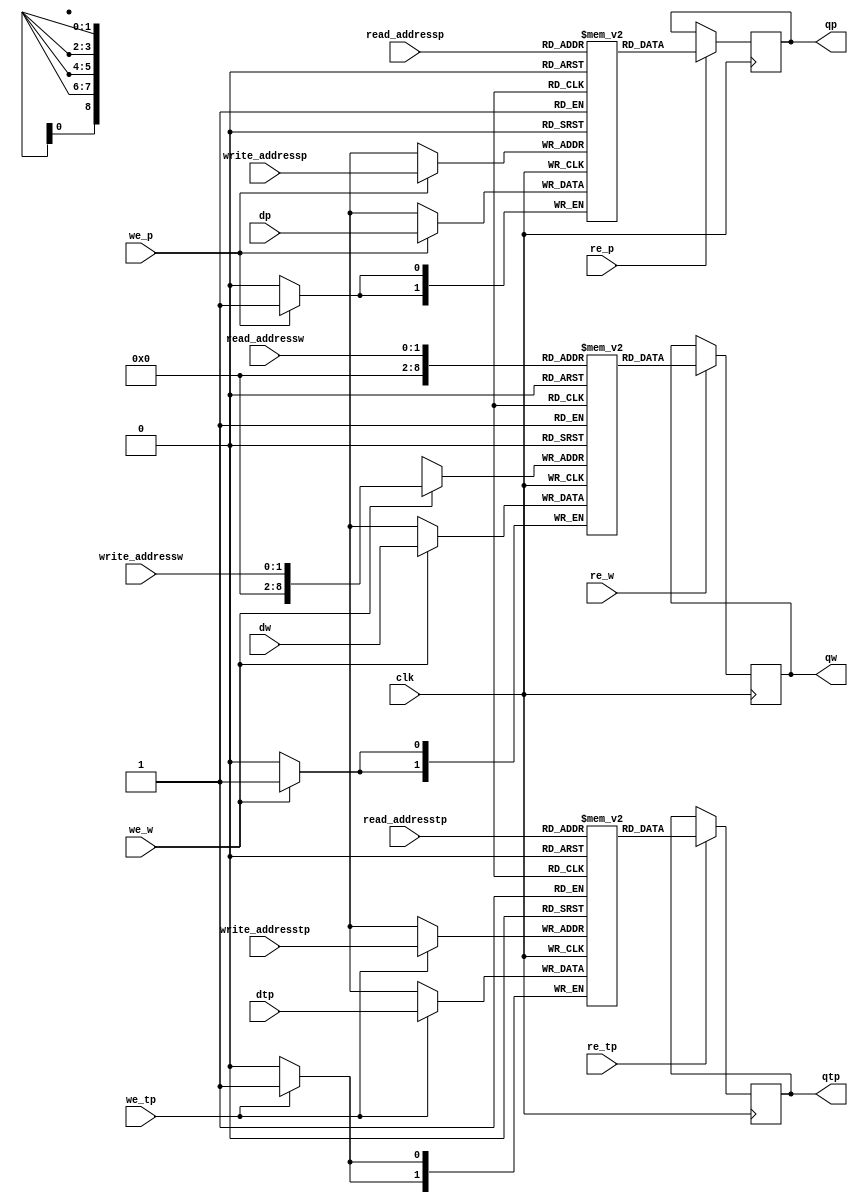
// This program was cloned from: https://github.com/ZFTurbo/Verilog-Generator-of-Neural-Net-Digit-Detector-for-FPGA
// License: Apache License 2.0

module RAM(qp,qtp,qw,dp,dtp,dw,write_addressp,read_addressp,write_addresstp,read_addresstp,write_addressw,read_addressw,we_p,we_tp,we_w,re_p,re_tp,re_w,clk);
parameter picture_size=0;
parameter SIZE_1=0;
parameter SIZE_2=0;
parameter SIZE_4=0;
parameter SIZE_9=0;
parameter SIZE_address_pix=0;
parameter SIZE_address_pix_t=0;
parameter SIZE_address_wei=0;

output reg signed [SIZE_1-1:0] qp;       //read data
output reg signed [(SIZE_2)*1-1:0] qtp;       //read data
output reg signed [SIZE_9-1:0] qw;      //read weight
input signed [SIZE_1-1:0] dp;   //write data
input signed [(SIZE_2)*1-1:0] dtp;   //write data
input signed [SIZE_9-1:0] dw;   //write weight
input [SIZE_address_pix-1:0] write_addressp, read_addressp;
input [SIZE_address_pix_t-1:0] write_addresstp, read_addresstp;
input [SIZE_address_wei-1:0] write_addressw, read_addressw;
input we_p,we_tp,we_w,re_p,re_tp,re_w,clk;

reg signed [SIZE_1-1:0] mem [0:picture_size*picture_size*8+picture_size*picture_size-1];
reg signed [(SIZE_2)*1-1:0] mem_t [0:picture_size*picture_size*4-1];
reg signed [SIZE_9-1:0] weight [0:256];
always @ (posedge clk)
    begin
        if (we_p) mem[write_addressp] <= dp;
		if (we_tp) mem_t[write_addresstp] <= dtp;
		if (we_w) weight[write_addressw] <= dw;
    end
always @ (posedge clk)
    begin
        if (re_p) qp <= mem[read_addressp];
		if (re_tp) qtp <= mem_t[read_addresstp];
        if (re_w) qw <= weight[read_addressw];
    end
endmodule